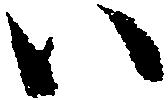
い